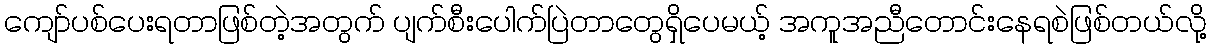
ကျော်ပစ်ပေးရတာဖြစ်တဲ့အတွက် ပျက်စီးပေါက်ပြဲတာတွေရှိပေမယ့် အကူအညီတောင်းနေရစဲဖြစ်တယ်လို့